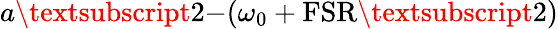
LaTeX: a\textsubscript{2-}(\omega_{0}+\textrm{FSR\textsubscript{2}})